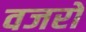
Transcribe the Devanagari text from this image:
वजरों